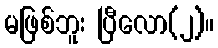
မဖြစ်ဘူး ပြီလော(၂)။